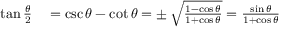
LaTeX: \begin{array} { r l } { \tan { \frac { \theta } { 2 } } } & { { } = \csc \theta - \cot \theta = \pm \, { \sqrt { \frac { 1 - \cos \theta } { 1 + \cos \theta } } } = { \frac { \sin \theta } { 1 + \cos \theta } } } \end{array}